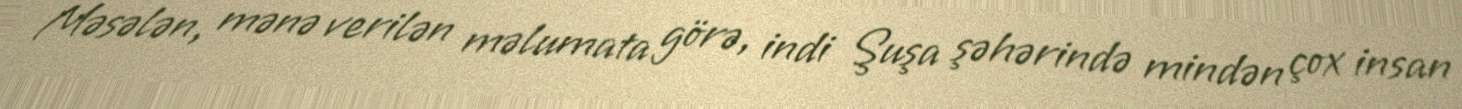
Məsələn, mənə verilən məlumata görə, indi Şuşa şəhərində mindən çox insan